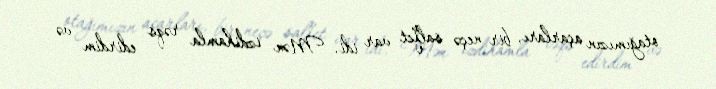
otağımızın açarları, bir neçə salfet var idi. Mən izdihamla rəqs edirdim və